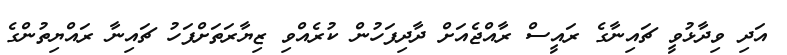
އަދި ވިދާޅުވީ ޗައިނާގެ ރައީސް ރާއްޖެއަށް ދާދިފަހުން ކުރެއްވި ޒިޔާރަތަށްފަހު ޗައިނާ ރައްޔިތުންގެ